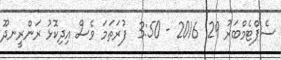
ސެޕްޓެމްބަރު 29